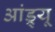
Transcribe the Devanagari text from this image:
आंड्र्यू